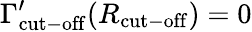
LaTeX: \Gamma_{\mathrm{cut-off}}^{\prime}(R_{\mathrm{cut-off}})=0